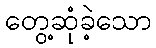
တွေ့ဆုံခဲ့သော